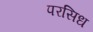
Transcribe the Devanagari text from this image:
परसिध